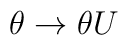
\theta\rightarrow\theta U